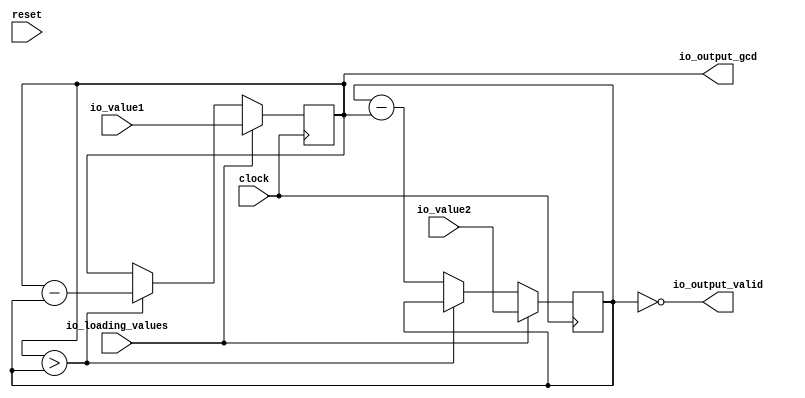
module firrtl_gcd(
  input         clock,
  input         reset,
  input  [15:0] io_value1,
  input  [15:0] io_value2,
  input         io_loading_values,
  output [15:0] io_output_gcd,
  output        io_output_valid
);
  reg [15:0] x; // @[GCD.scala 21:15]
  reg [31:0] _RAND_0;
  reg [15:0] y; // @[GCD.scala 22:15]
  reg [31:0] _RAND_1;
  wire  _T; // @[GCD.scala 24:10]
  wire [15:0] _T_2; // @[GCD.scala 24:24]
  wire [15:0] _T_4; // @[GCD.scala 25:25]
  assign _T = x > y; // @[GCD.scala 24:10]
  assign _T_2 = x - y; // @[GCD.scala 24:24]
  assign _T_4 = y - x; // @[GCD.scala 25:25]
  assign io_output_gcd = x; // @[GCD.scala 32:16]
  assign io_output_valid = y == 16'h0; // @[GCD.scala 33:18]
`ifdef RANDOMIZE_GARBAGE_ASSIGN
`define RANDOMIZE
`endif
`ifdef RANDOMIZE_INVALID_ASSIGN
`define RANDOMIZE
`endif
`ifdef RANDOMIZE_REG_INIT
`define RANDOMIZE
`endif
`ifdef RANDOMIZE_MEM_INIT
`define RANDOMIZE
`endif
`ifndef RANDOM
`define RANDOM $random
`endif
`ifdef RANDOMIZE_MEM_INIT
  integer initvar;
`endif
`ifndef SYNTHESIS
initial begin
  `ifdef RANDOMIZE
    `ifdef INIT_RANDOM
      `INIT_RANDOM
    `endif
    `ifndef VERILATOR
      `ifdef RANDOMIZE_DELAY
        #`RANDOMIZE_DELAY begin end
      `else
        #0.002 begin end
      `endif
    `endif
  `ifdef RANDOMIZE_REG_INIT
  _RAND_0 = {1{`RANDOM}};
  x = _RAND_0[15:0];
  `endif // RANDOMIZE_REG_INIT
  `ifdef RANDOMIZE_REG_INIT
  _RAND_1 = {1{`RANDOM}};
  y = _RAND_1[15:0];
  `endif // RANDOMIZE_REG_INIT
  `endif // RANDOMIZE
end // initial
`endif // SYNTHESIS
  always @(posedge clock) begin
    if (io_loading_values) begin
      x <= io_value1;
    end else if (_T) begin
      x <= _T_2;
    end
    if (io_loading_values) begin
      y <= io_value2;
    end else if (!(_T)) begin
      y <= _T_4;
    end
  end
endmodule